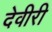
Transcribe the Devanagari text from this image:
देवीरी